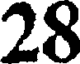
28